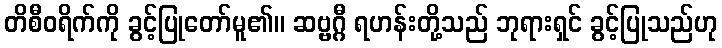
တိစီဝရိက်ကို ခွင့်ပြုတော်မူ၏။ ဆဗ္ဗဂ္ဂီ ရဟန်းတို့သည် ဘုရားရှင် ခွင့်ပြုသည်ဟု